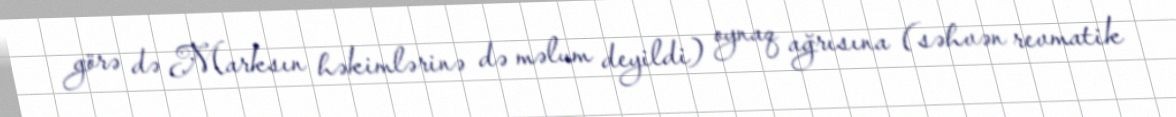
görə də Marksın həkimlərinə də məlum deyildi) oynaq ağrısına (səhvən revmatik